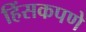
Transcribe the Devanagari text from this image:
हिंसकपणे